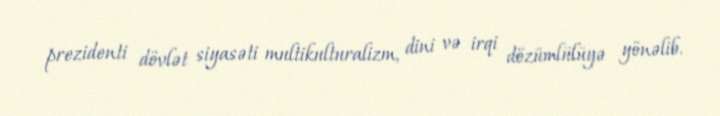
prezidenti dövlət siyasəti multikulturalizm, dini və irqi dözümlülüyə yönəlib.